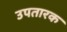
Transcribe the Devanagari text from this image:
उपतारक